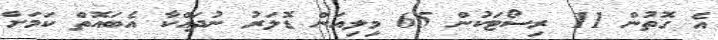
އެ ގޮތުން 11 ރިސޯޓަކުން 65 މިލިއަން ޑޮލަރު ނުދައްކާ އެބައޮތް ކަމަށް